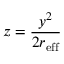
z = \frac { y ^ { 2 } } { 2 r _ { \mathrm { e f f } } }